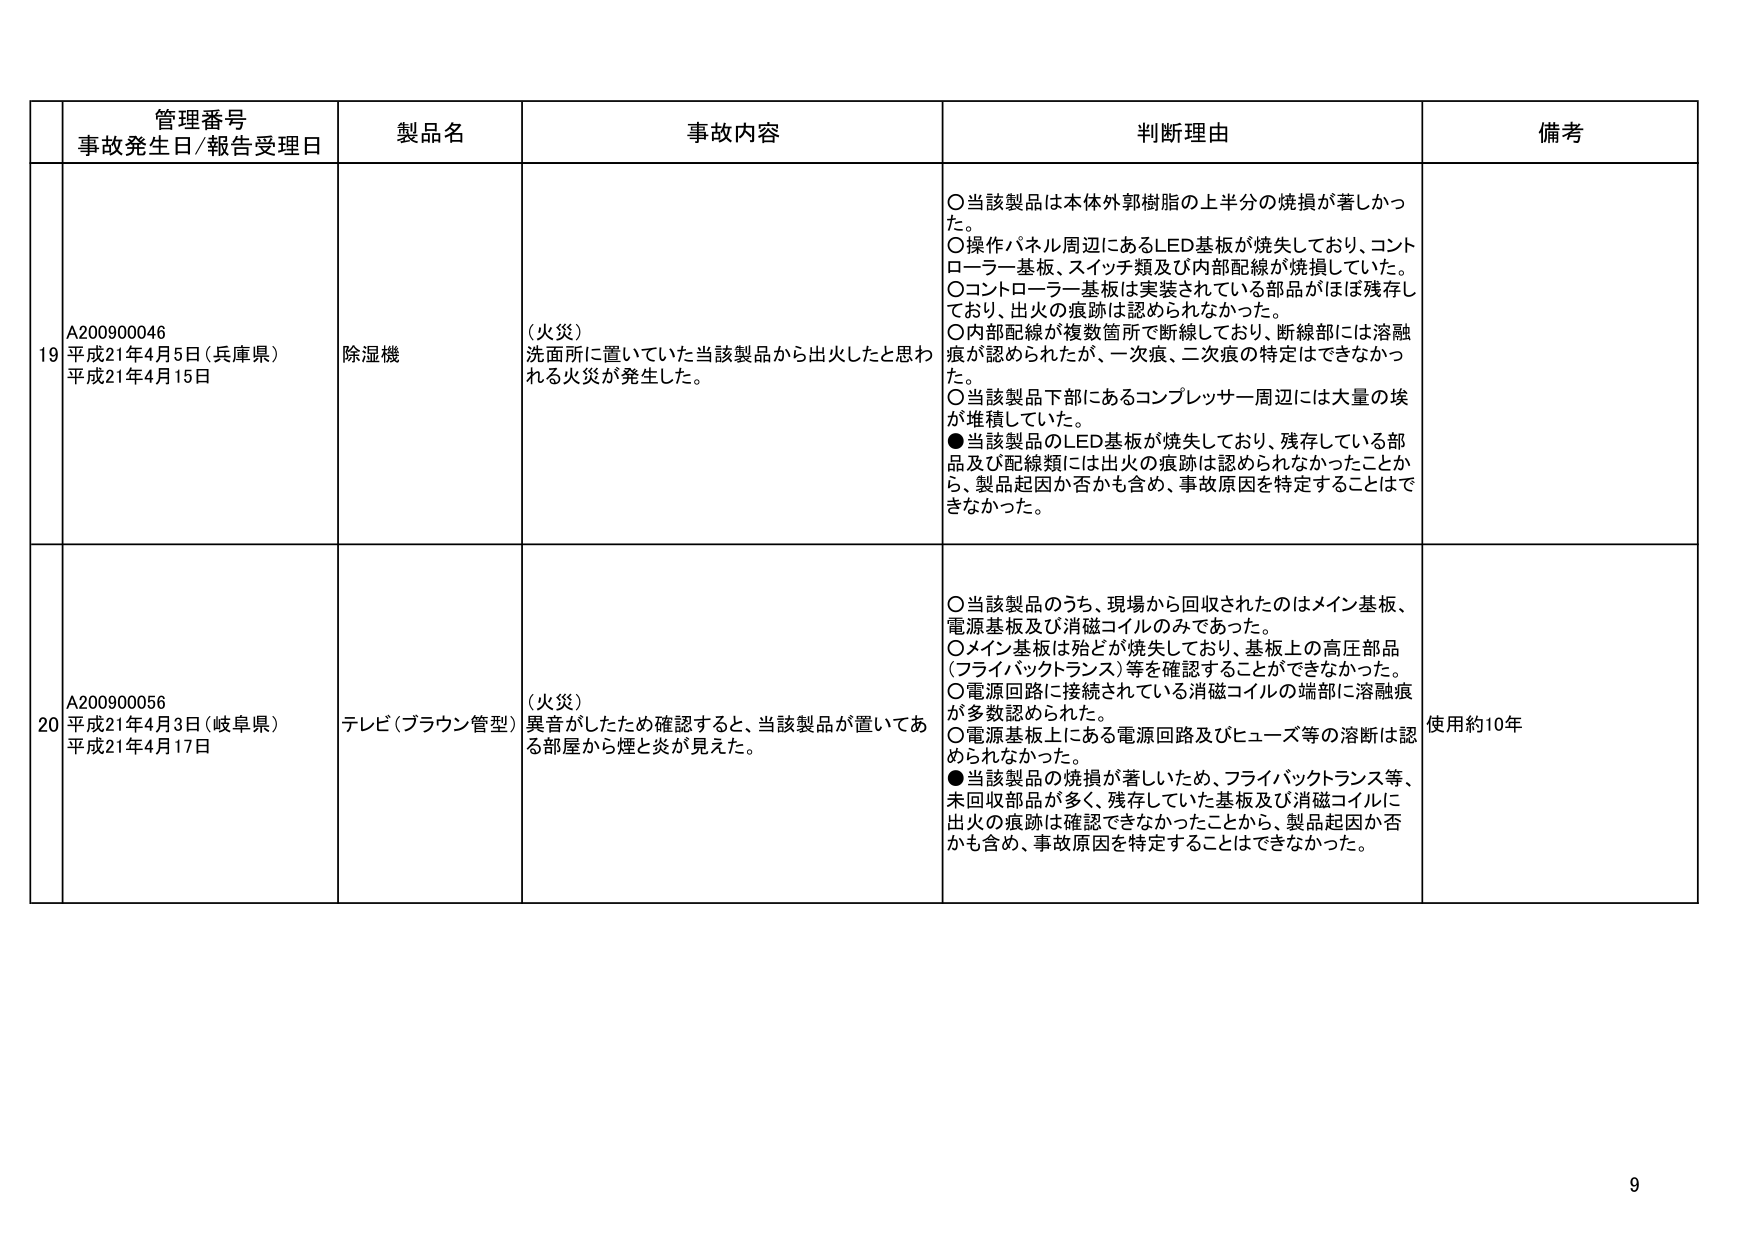
管理番号
事故発生日/報告受理日
製品名
事故内容
判断理由
備考

19
A200900046
平成21年4月5日（兵庫県）
平成21年4月15日
除湿機
（火災）
洗面所に置いていた当該製品から出火したと思われる火災が発生した。
○当該製品は本体外郭樹脂の上半分の焼損が著しかった。
○操作パネル周辺にあるLED基板が焼失しており、コントローラー基板、スイッチ類及び内部配線が焼損していた。
○コントローラー基板は実装されている部品がほぼ残存しており、出火の痕跡は認められなかった。
○内部配線が複数箇所で断線しており、断線部には溶融痕が認められたが、一次痕、二次痕の特定はできなかった。
○当該製品下部にあるコンプレッサー周辺には大量の埃が堆積していた。
●当該製品のLED基板が焼失しており、残存している部品及び配線類には出火の痕跡は認められなかったことから、製品起因か否かも含め、事故原因を特定することはできなかった。

20
A200900056
平成21年4月3日（岐阜県）
平成21年4月17日
テレビ（ブラウン管型）
（火災）
異音がしたため確認すると、当該製品が置いてある部屋から煙と炎が見えた。
○当該製品のうち、現場から回収されたのはメイン基板、電源基板及び消磁コイルのみであった。
○メイン基板は殆どが焼失しており、基板上の高圧部品（フライバックトランス）等を確認することができなかった。
○電源回路に接続されている消磁コイルの端部に溶融痕が多数認められた。
○電源基板上にある電源回路及びヒューズ等の溶断は認められなかった。
●当該製品の焼損が著しいため、フライバックトランス等、未回収部品が多く、残存していた基板及び消磁コイルに出火の痕跡は確認できなかったことから、製品起因か否かも含め、事故原因を特定することはできなかった。
使用約10年

9